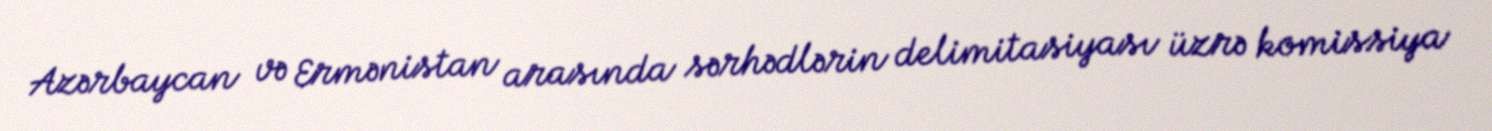
Azərbaycan və Ermənistan arasında sərhədlərin delimitasiyası üzrə komissiya